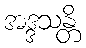
အဒ္ဒသန္တိ